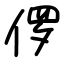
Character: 㑩